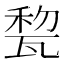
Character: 𤭜